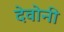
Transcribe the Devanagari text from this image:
देवोनी